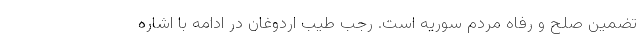
تضمین صلح و رفاه مردم سوریه است. رجب طیب اردوغان در ادامه با اشاره